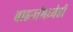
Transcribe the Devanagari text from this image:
वाहनांमध्येही